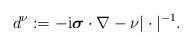
LaTeX: \begin{align*} d^\nu:= -\mathrm i\boldsymbol\sigma\cdot\nabla- \nu|\cdot|^{-1}.\end{align*}